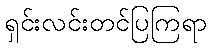
ရှင်းလင်းတင်ပြကြရာ